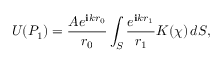
U ( P _ { 1 } ) = { \frac { A e ^ { \mathbf { i } k r _ { 0 } } } { r _ { 0 } } } \int _ { S } { \frac { e ^ { \mathbf { i } k r _ { 1 } } } { r _ { 1 } } } K ( \chi ) \, d S ,